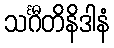
သင်္ဂီတိနိဒါနံ